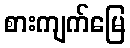
စားကျက်မြေ